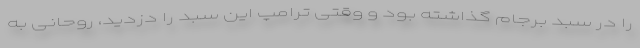
را در سبد برجام گذاشته بود و وقتی ترامپ این سبد را دزدید، روحانی به